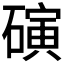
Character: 𬒞